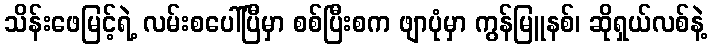
သိန်းဖေမြင့်ရဲ့ လမ်းစပေါ်ပြီမှာ စစ်ပြီးစက ဖျာပုံမှာ ကွန်မြူနစ်၊ ဆိုရှယ်လစ်နဲ့